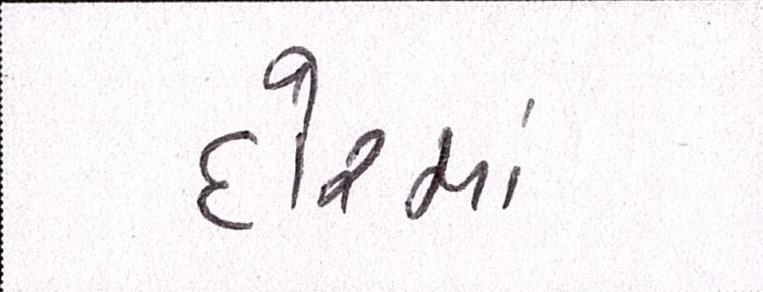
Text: દોરમાં